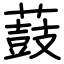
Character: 薣